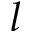
l